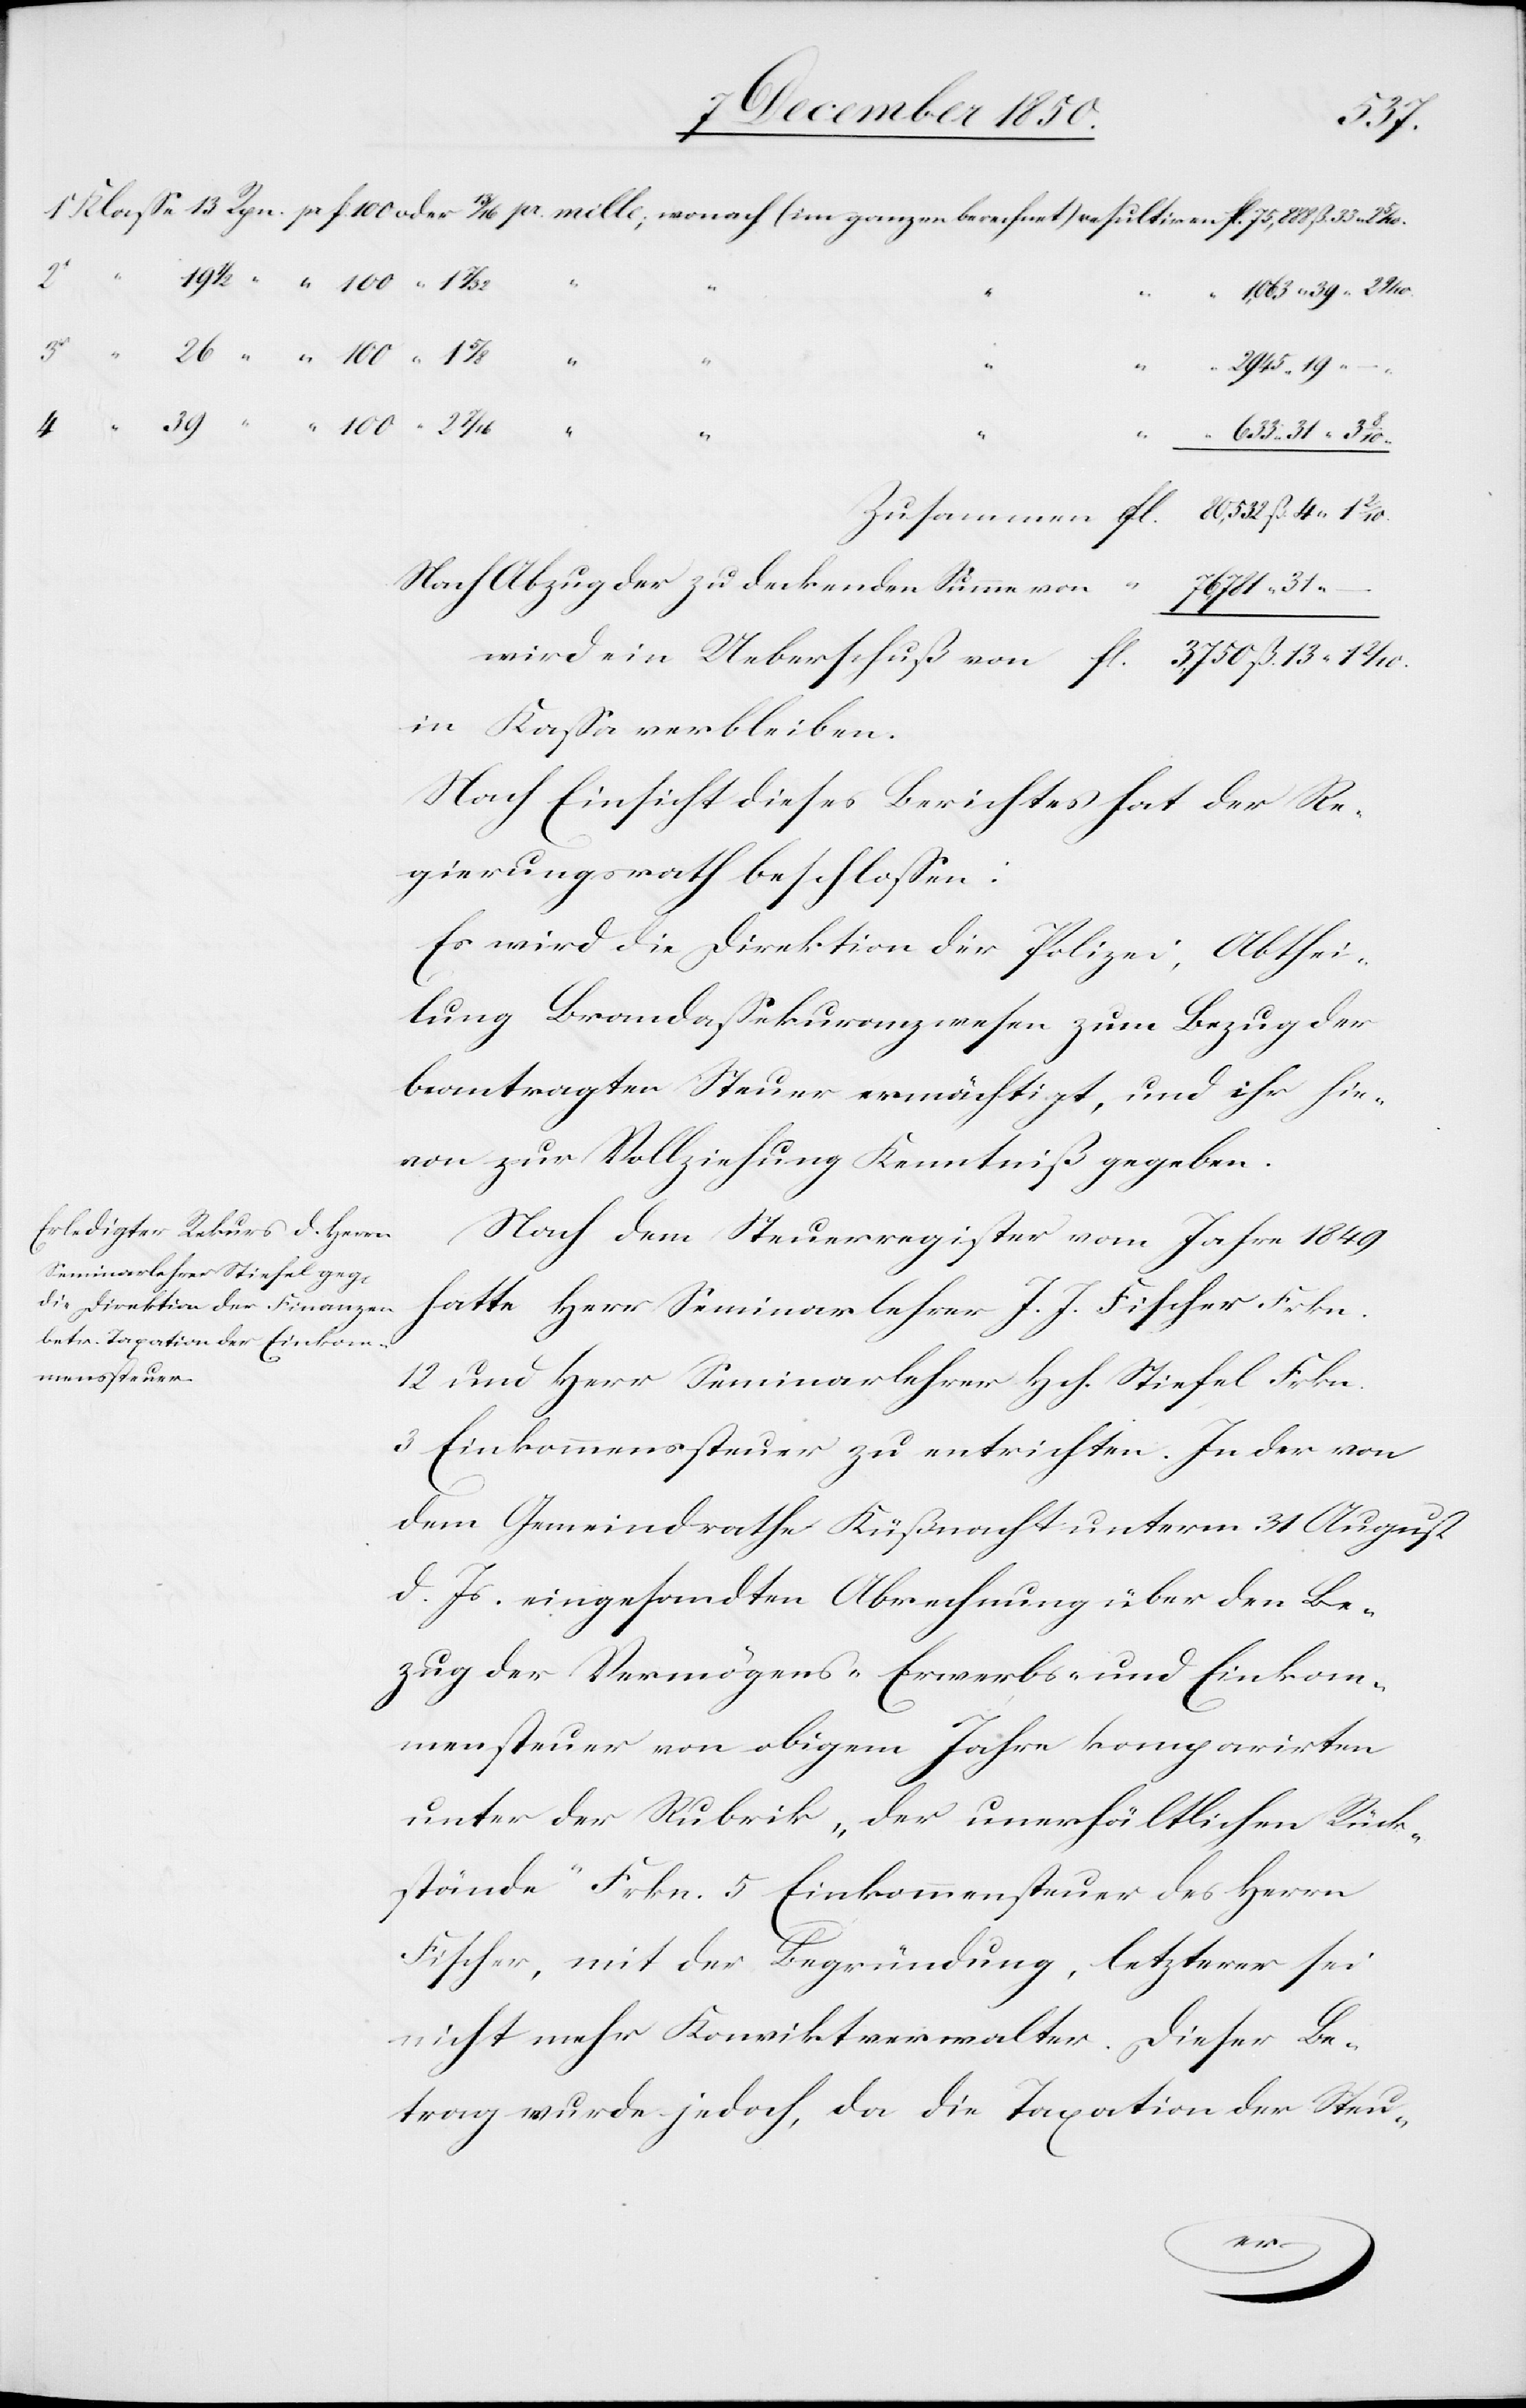
2/10
fl.
von
19
Nach Abzug der zu deckenden Summe von
13
resulti¬
Nach Einsicht dieses Berichtes hat der Re¬
gierungsrath beschlossen:
Es wird die Direktion der Polizei, Abthei¬
lung Brandassekuranzwesen zum Bezug der
bentragten Steuer ermächtigt, und ihr hie¬
von zur Vollziehung Kenntniß gegeben.
Nach dem Steuerregister vom Jahre 1849
hatte Herr Seminarlehrer J. J. Fischer Frkn.
12 und Herr Seminarlehrer Hch. Stiefel Frkn.
3 Einkommenssteuer zu entrichten. In der von
dem Gemeindrathe Küßnacht unterm 31 August
d. Js. eingesandten Abrechnung über den Be¬
zug der Vermögens-[,] Erwerbs- und Einkom¬
mensteuer von obigem Jahre komparirten
unter der Rubrik „der unerhältlichen Rück¬
stände“ Frkn. 5 Einkommensteuer des Herrn
Fischer, mit der Begründung, letzterer sei
nicht mehr Konviktverwalter. Dieser Be¬
trag wurde jedoch, da die Taxation der Steu-
ein
–